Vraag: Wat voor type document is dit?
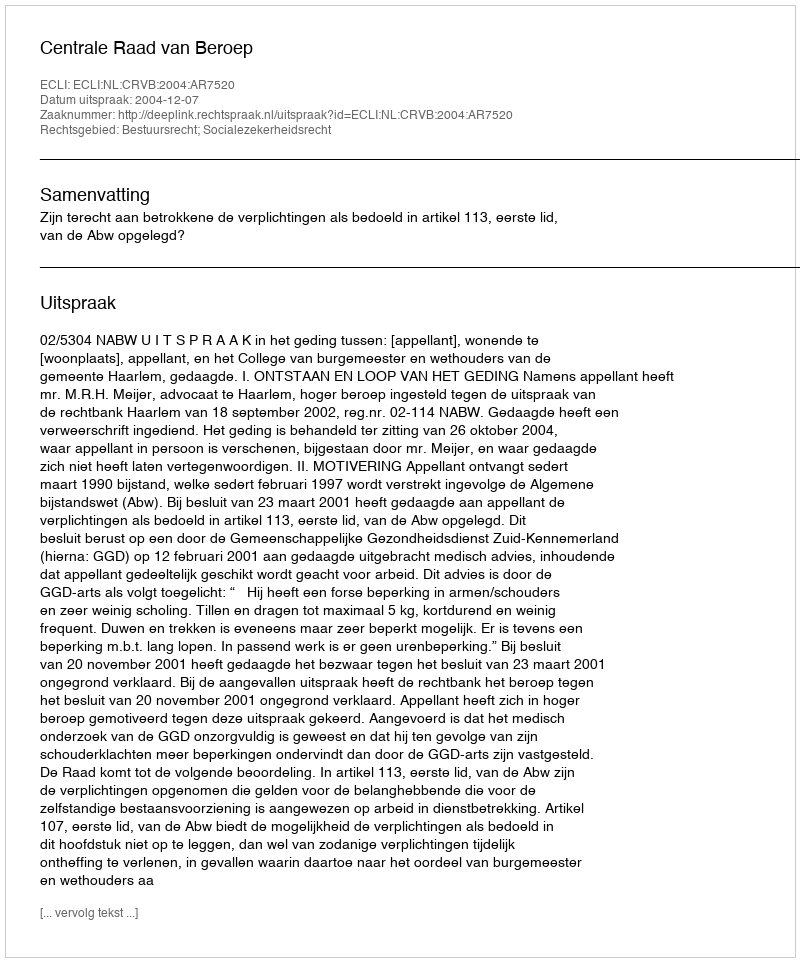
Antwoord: Uitspraak